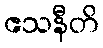
ဧသနီတိ